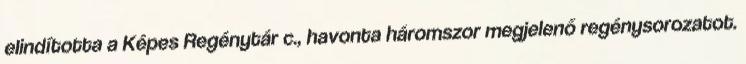
elindította a Képes Regénytár c., havonta háromszor megjelenő regénysorozatot.